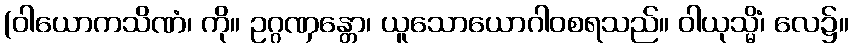
(ဝါယောကသိဏံ၊ ကို။ ဥဂ္ဂဏှန္တော၊ ယူသောယောဂါဝစရသည်။ ဝါယုသ္မိံ၊ လေ၌။